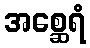
အစ္ဆေရံ